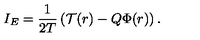
I _ { E } = \frac { 1 } { 2 T } \left( \mathcal { T } ( r ) - Q \Phi ( r ) \right) .